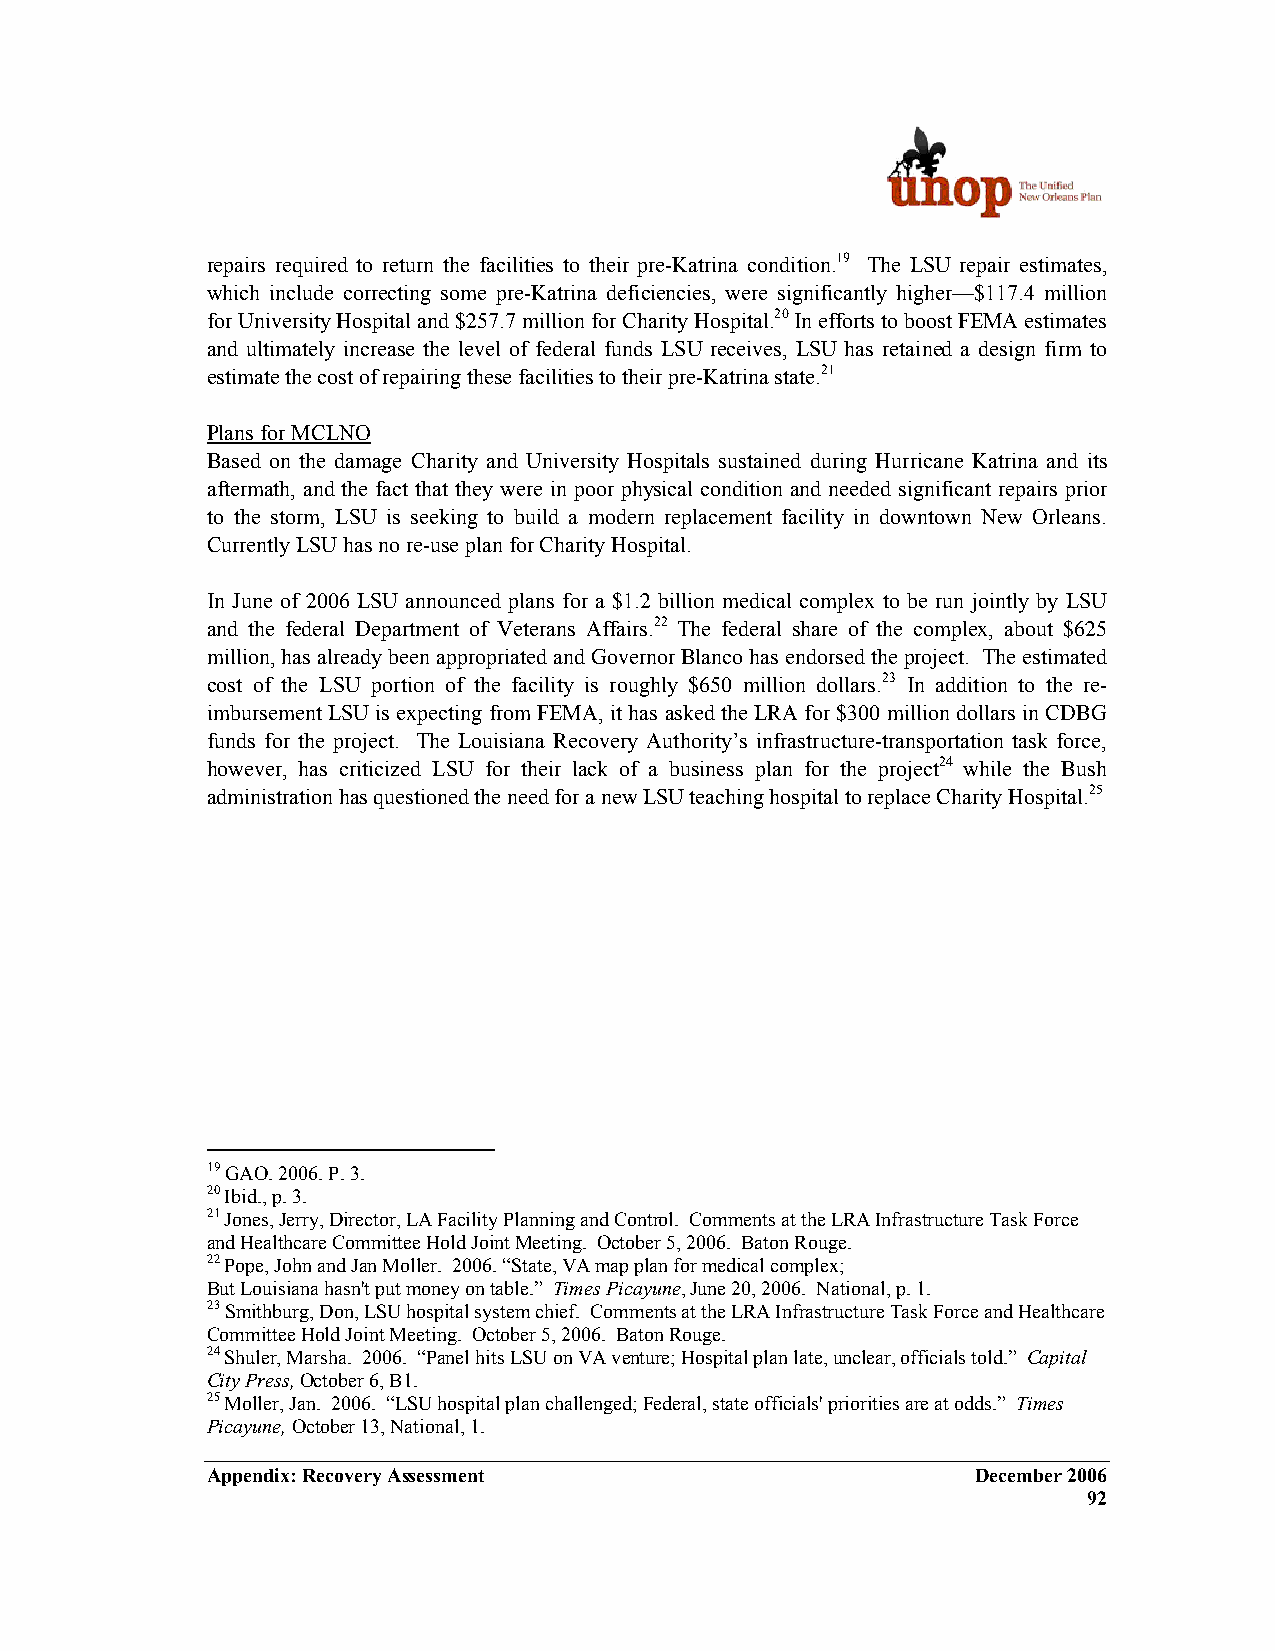
repairs required to return the facilities to their pre-Katrina condition.19 The LSU repair estimates,
 which include correcting some pre-Katrina deficiencies, were significantly higher—$117.4 million
 for University Hospital and $257.7 million for Charity Hospital.20 In efforts to boost FEMA estimates
 and ultimately increase the level of federal funds LSU receives, LSU has retained a design firm to
 estimate the cost of repairing these facilities to their pre-Katrina state.21
 Plans for MCLNO
 Based on the damage Charity and University Hospitals sustained during Hurricane Katrina and its
 aftermath, and the fact that they were in poor physical condition and needed significant repairs prior
 to the storm, LSU is seeking to build a modern replacement facility in downtown New Orleans.
 Currently LSU has no re-use plan for Charity Hospital.
 In June of 2006 LSU announced plans for a $1.2 billion medical complex to be run jointly by LSU
 and the federal Department of Veterans Affairs.22 The federal share of the complex, about $625
 million, has already been appropriated and Governor Blanco has endorsed the project. The estimated
 cost of the LSU portion of the facility is roughly $650 million dollars.23 In addition to the re-
 imbursement LSU is expecting from FEMA, it has asked the LRA for $300 million dollars in CDBG
 funds for the project. The Louisiana Recovery Authority’s infrastructure-transportation task force,
 however, has criticized LSU for their lack of a business plan for the project24 while the Bush
 administration has questioned the need for a new LSU teaching hospital to replace Charity Hospital.25
 19 GAO. 2006. P. 3.
 20 Ibid., p. 3.
 21 Jones, Jerry, Director, LA Facility Planning and Control. Comments at the LRA Infrastructure Task Force
 and Healthcare Committee Hold Joint Meeting. October 5, 2006. Baton Rouge.
 22 Pope, John and Jan Moller. 2006. “State, VA map plan for medical complex;
 But Louisiana hasn't put money on table.” Times Picayune, June 20, 2006. National, p. 1.
 23 Smithburg, Don, LSU hospital system chief. Comments at the LRA Infrastructure Task Force and Healthcare
 Committee Hold Joint Meeting. October 5, 2006. Baton Rouge.
 24 Shuler, Marsha. 2006. “Panel hits LSU on VA venture; Hospital plan late, unclear, officials told.” Capital
 City Press, October 6, B1.
 25 Moller, Jan. 2006. “LSU hospital plan challenged; Federal, state officials' priorities are at odds.” Times
 Picayune, October 13, National, 1.
 Appendix: Recovery Assessment                      December 2006
 92